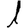
Digit: 1